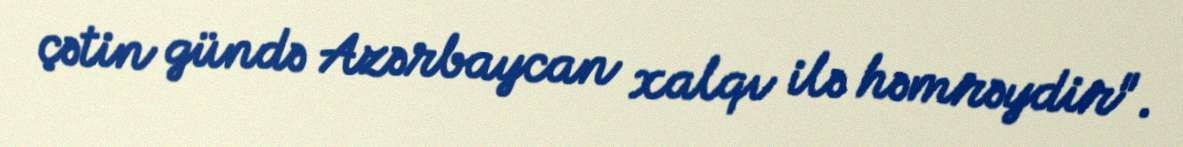
çətin gündə Azərbaycan xalqı ilə həmrəydir".